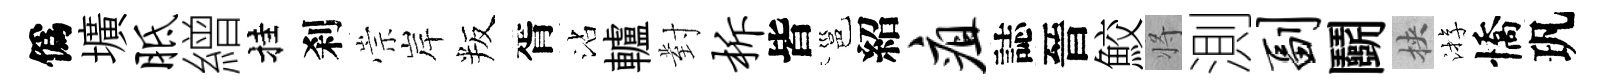
僞壙胝繒挂刹崇岸叛胥沾轤對柝皆邕紹疽誌晉鮫将測副鬬挾㳺憍㺬